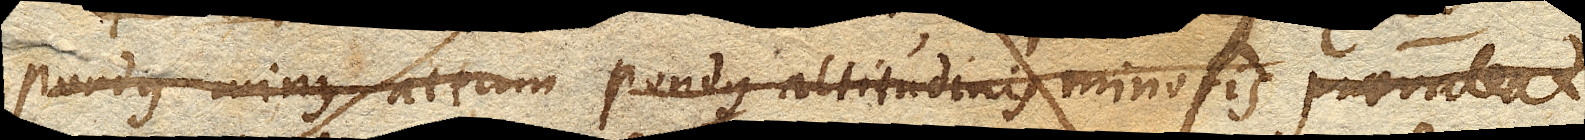
pondus minus altum pondus altitudinis minoris praevaleat